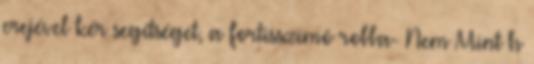
erejével kér segítséget, a fortisszimó robba- Nem Mint h